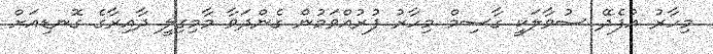
މިހާރު އުފެދޭ ސުވާލަކީ ގާސިމް މިހާރު ފުރުއްވަމުން ގެންދަވާ މާމިގިލީ ދާއިރާގެ ގޮނޑިއަށް